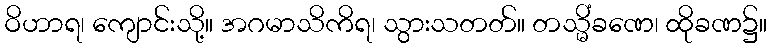
ဝိဟာရ၊ ကျောင်းသို့။ အဂမာသိကိရ၊ သွားသတတ်။ တသ္မိံခဏေ၊ ထိုခဏ၌။